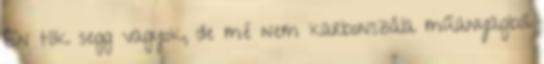
Én tök segg vagyok, de mé nem karbonszála műanyagból